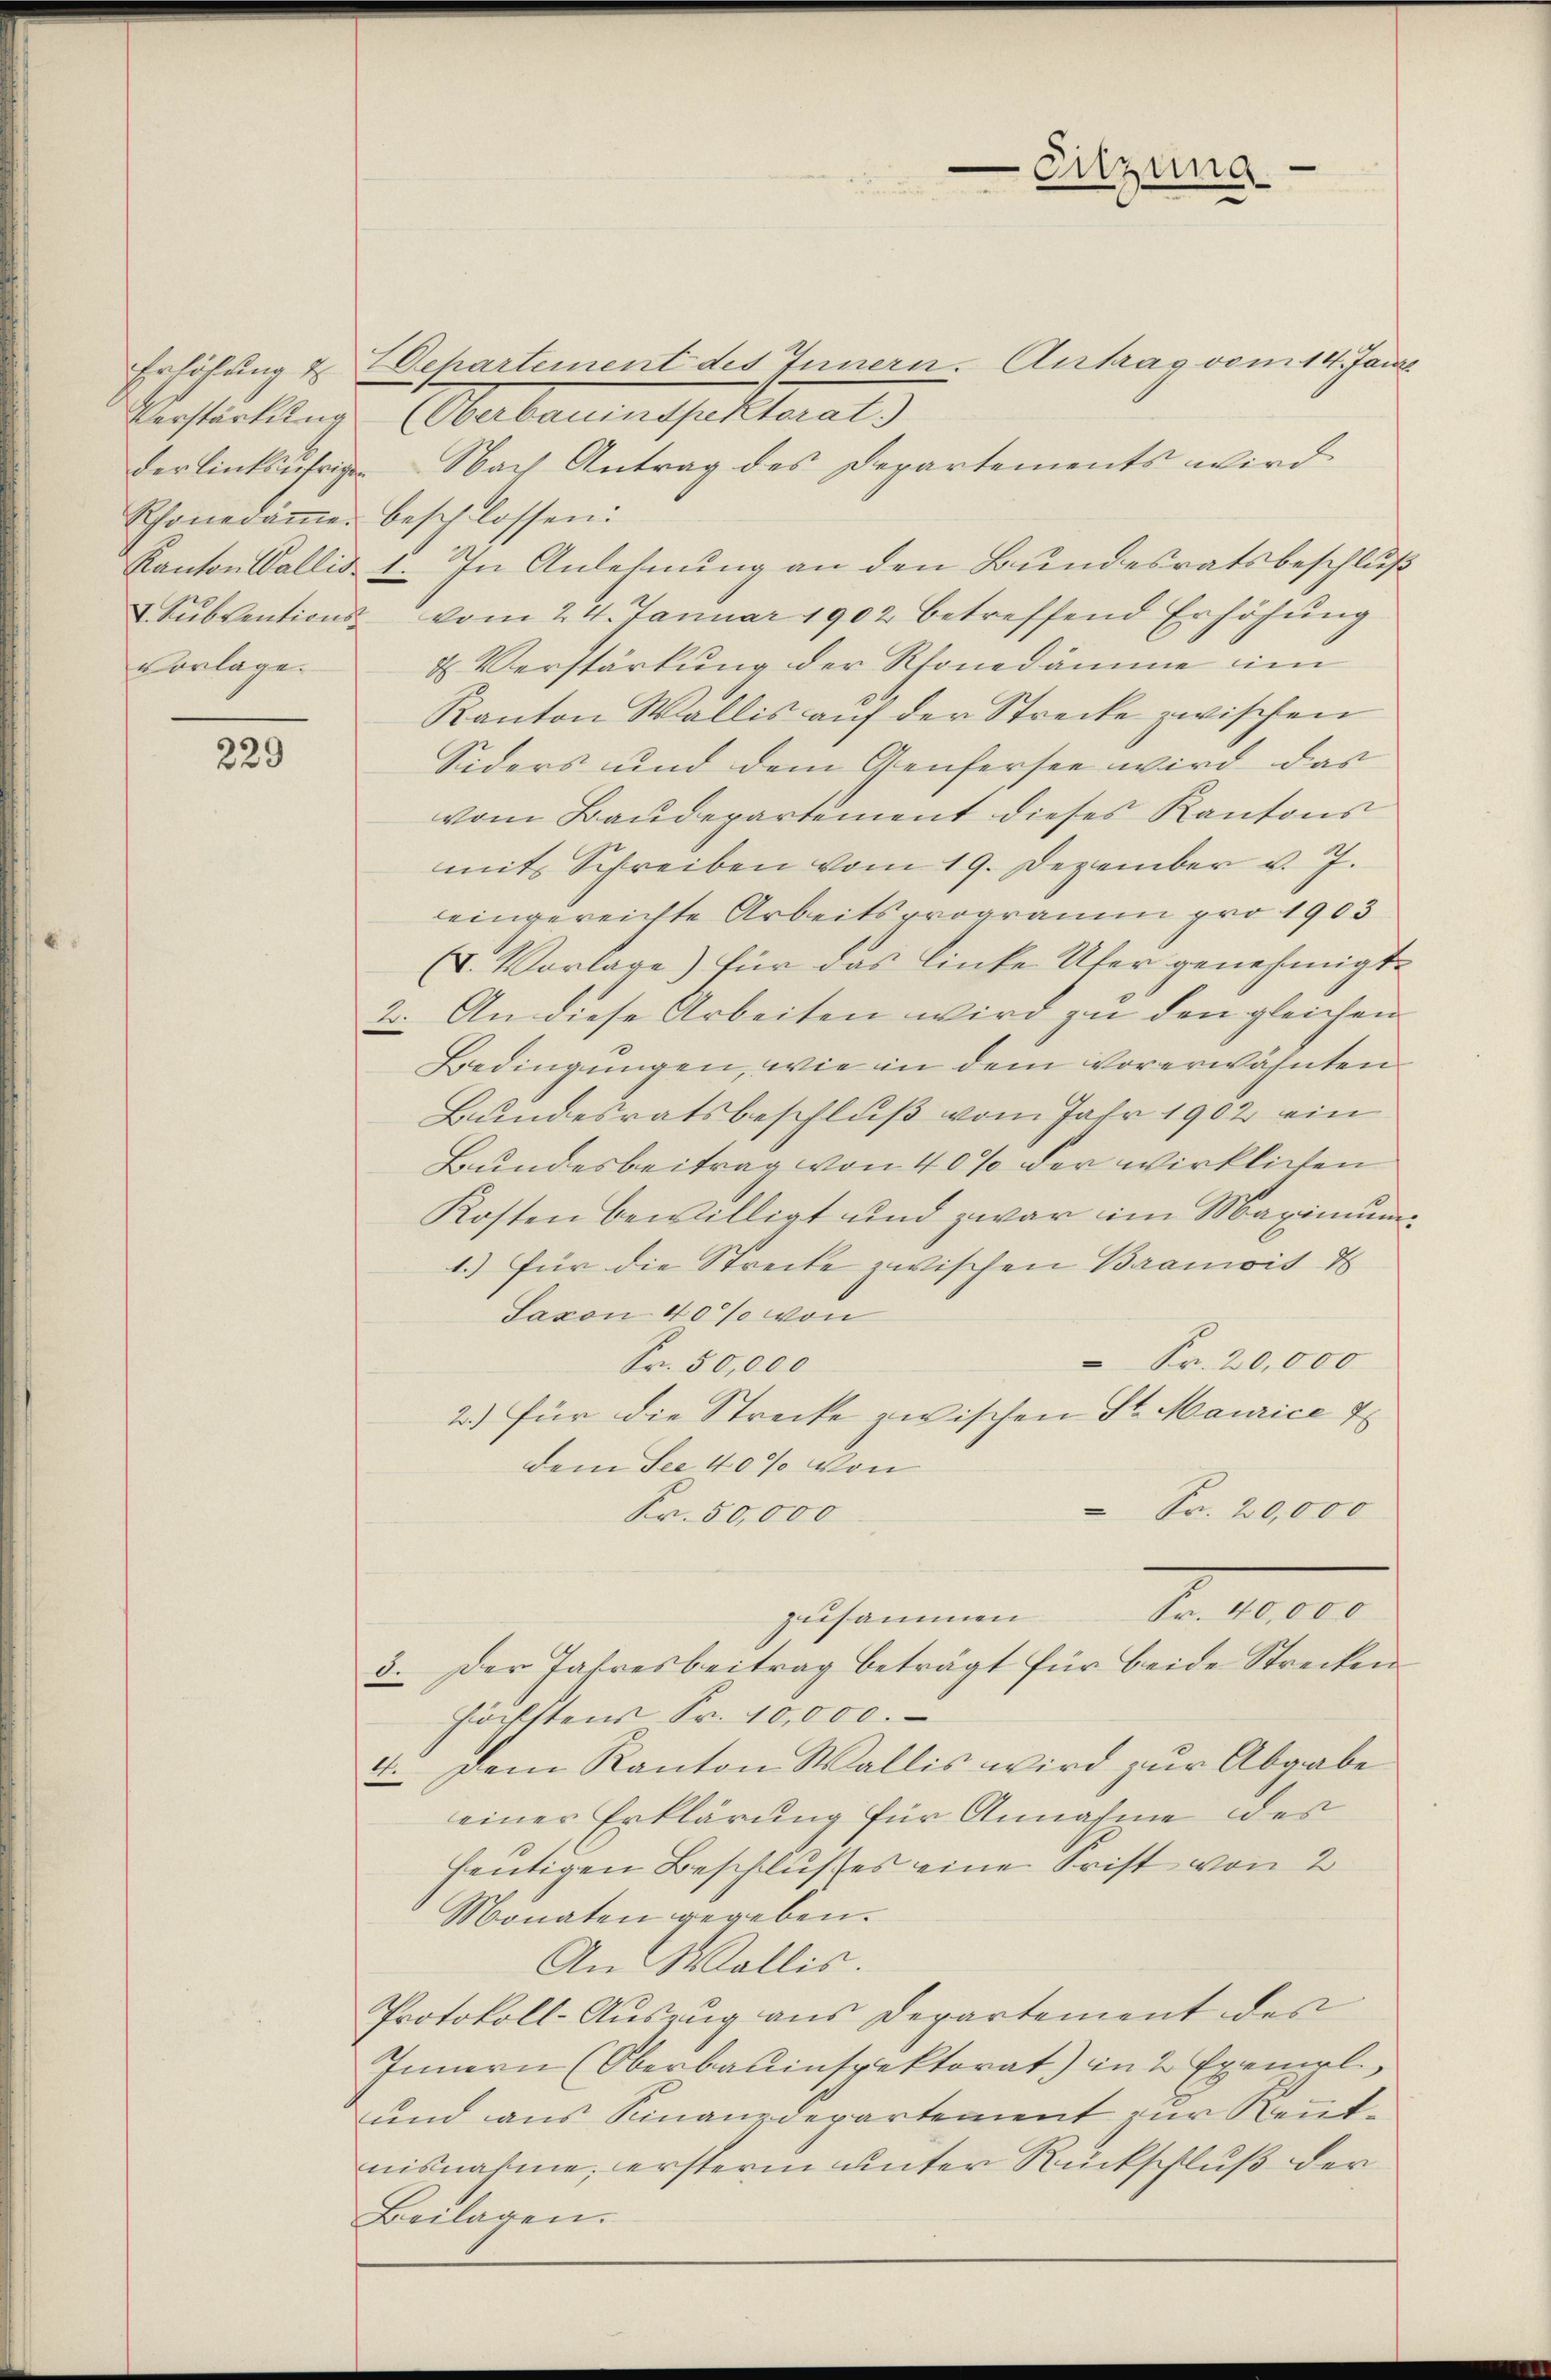
Erlösung d
Rhonedäṁe beschlossen:
vorlage.

229

Eizung

ehartement des Innern. Antrag vom 14. Janr
Verstärkung (Oberbauinspektorat)
der linksufrige Nach Antrag des Departements wird
Kanton Wallis 1. In Anlehnung an den Bundesratsbeschluß
& Sŭbventions vom 24. Januar 1902 betreffend Erhöhŭng
& Verstärkung der Rhonedämme im
Kanton Wallis auf der Strecke zwischen
Siders und dem Genfersee wird das
vom Baudepartement dieses Kantons
mit Schreiben vom 19. Dezember v. J.
eingereichte Arbeitsprogramm pro 1903
IV. Vorlage) für das linke Ufer genehmigt.
2. An diese Arbeiten wird zu den gleichen
Bedingungen, wie in dem vorerwähnten
Bundesratsbeschluß vom Jahr 1902 ein
Bundesbeitrag von 40% der wirklichen
Kosten bewilligt und zwar im Maximum¬
1.) für die Streite zwischen Bramois d
Saxon 40% von
Fr. 20,000
Fr. 50,000
2.) Für die Strecke zwischen St. Maurice
dem See 40% von
 Fr. 20,000
Fr. 50,000
Fr. 10000
zusammen
3. Der Jahresbeitrag beträgt für beide Strecken
höchstens Sr. 10,000.
4. Dem Kanton Wallis wird zur Abgabe
einer Erklärung für Annahme des
heutigen Beschlußes eine Frist von 2
Monaten gegeben.
An Wallis.
Protokoll-Auszug aus Departement des
Innern (Oberbauinspektorat) in 2 Exemrl.
und aus Finanzdepartement zur Kenntnisnahme, ersterm unter Rückschluß der
Beilagen.